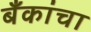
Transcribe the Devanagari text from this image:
बँकांचा